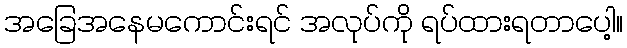
အခြေအနေမကောင်းရင် အလုပ်ကို ရပ်ထားရတာပေါ့။